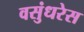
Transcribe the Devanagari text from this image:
वसुंधरेस